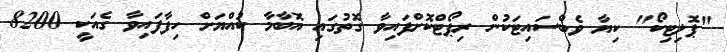
"ޕޮލިޓިކޯ" ކިޔާ ވެބްސައިޓަކުން ރިޕޯޓްކޮށްފައިވާ ގޮތުގައި އޮބާމާ ކުއްޔަށް ހިފާފައިވާ ގެއަކީ 8200